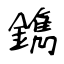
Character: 鐫